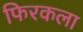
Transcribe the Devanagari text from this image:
फिरकला